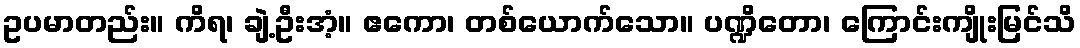
ဥပမာတည်း။ ကိရ၊ ချဲ့ဦးအံ့။ ဧကော၊ တစ်ယောက်သော။ ပဏ္ဍိတော၊ ကြောင်းကျိုးမြင်သိ